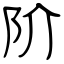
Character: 阶